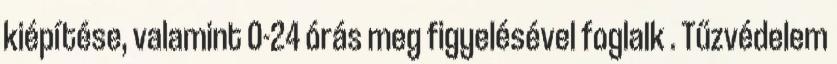
kiépítése, valamint 0-24 órás meg figyelésével foglalk . Tűzvédelem